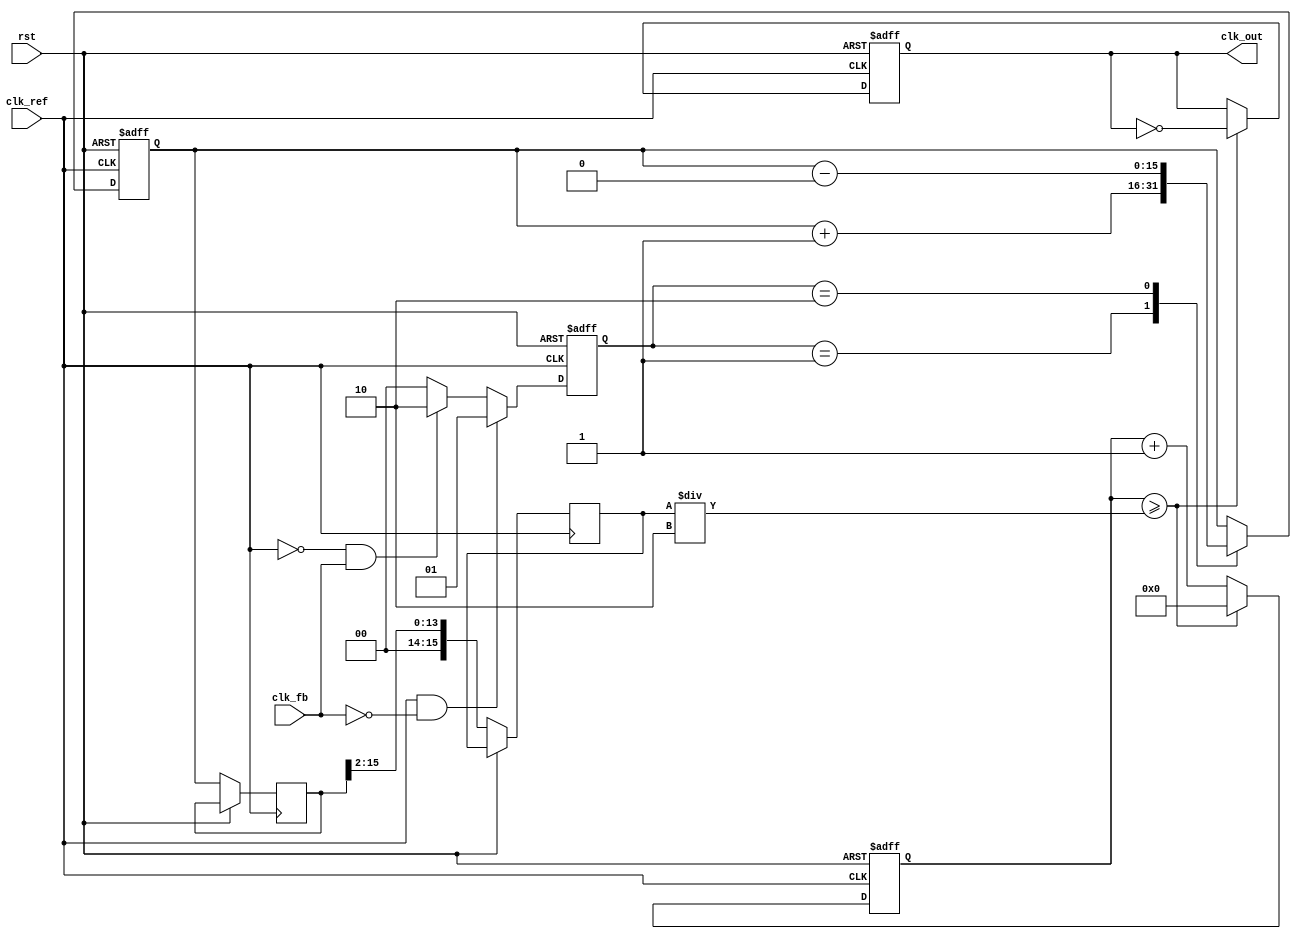
module CP_PLL (
    input wire clk_ref,        // Reference clock input
    input wire rst,            // Reset signal
    input wire clk_fb,         // Feedback clock input from VCO
    output reg clk_out         // Output clock from VCO
);

// Parameters
parameter CP_CURRENT_UP = 1'b1;  // Charge Pump UP Current
parameter CP_CURRENT_DOWN = 1'b0; // Charge Pump DOWN Current
parameter DIV_RATIO = 4;          // Division ratio for feedback

// Internal signals
reg [1:0] phase_error;          // Phase error signals
reg [15:0] loop_filter_output;   // Loop filter output (control voltage)
reg [15:0] vco_control_voltage;  // Control voltage for VCO
reg [15:0] vco_frequency;        // VCO frequency control
reg [15:0] vco_counter;          // Counter for VCO frequency generation

// PFD: Phase Frequency Detector
always @(posedge clk_ref or posedge rst) begin
    if (rst) begin
        phase_error <= 2'b00; // Reset phase error
    end else begin
        if (clk_ref && !clk_fb) begin
            phase_error <= 2'b01; // UP signal
        end else if (!clk_ref && clk_fb) begin
            phase_error <= 2'b10; // DOWN signal
        end else begin
            phase_error <= 2'b00; // No change
        end
    end
end

// Charge Pump
always @(posedge clk_ref or posedge rst) begin
    if (rst) begin
        loop_filter_output <= 16'b0000000000000000; // Reset loop filter output
    end else begin
        case(phase_error)
            2'b01: loop_filter_output <= loop_filter_output + CP_CURRENT_UP;   // Charge
            2'b10: loop_filter_output <= loop_filter_output - CP_CURRENT_DOWN;  // Discharge
            default: loop_filter_output <= loop_filter_output;  // No change
        endcase
    end
end

// Voltage-Controlled Oscillator (VCO)
always @(posedge clk_ref or posedge rst) begin
    if (rst) begin
        vco_counter <= 0; // Reset VCO counter
        clk_out <= 0;     // Reset output clock
    end else begin
        vco_control_voltage <= loop_filter_output; // Update VCO control voltage
        vco_frequency <= vco_control_voltage[15:0] >> 2; // Simple frequency adjustment

        // VCO frequency generation
        if (vco_counter >= (vco_frequency / 2)) begin
            clk_out <= ~clk_out; // Toggle output clock
            vco_counter <= 0;     // Reset counter
        end else begin
            vco_counter <= vco_counter + 1; // Increment counter
        end
    end
end

// Frequency Divider
reg [1:0] div_counter; // Divider counter

always @(posedge clk_out or posedge rst) begin
    if (rst) begin
        div_counter <= 0;
    end else begin
        if (div_counter >= (DIV_RATIO - 1)) begin
            div_counter <= 0;
            // Feedback to PFD can be added here if needed
        end else begin
            div_counter <= div_counter + 1;
        end
    end
end

endmodule